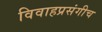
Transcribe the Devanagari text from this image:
विवाहप्रसंगीच